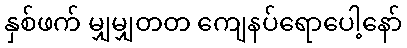
နှစ်ဖက် မျှမျှတတ ကျေနပ်ရောပေါ့နော်